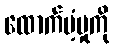
ထောက်ပံ့မှုကို